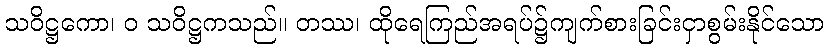
သဝိဋ္ဌကော၊ ဝ သဝိဋ္ဌကသည်။ တဿ၊ ထိုရေကြည်အရပ်၌ကျက်စားခြင်းငှာစွမ်းနိုင်သော